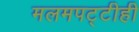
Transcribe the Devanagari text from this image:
मलमपट्टीही